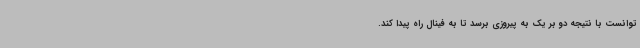
توانست با نتیجه دو بر یک به پیروزی برسد تا به فینال راه پیدا کند.